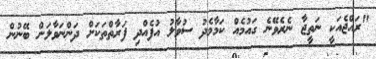
"ރައްޖެއަކީ ނަތީޖާ ނެރެވޭނެ ގައުމެއް ކަމާމެދު ސުވާލު އުފެއްދި ފަރާތްތަކަށް ދަންނަވާލަން ބޭނުން